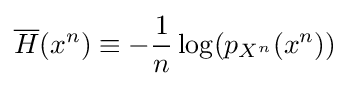
{\overline {H}}(x^{n})\equiv -{\frac {1}{n}}\log(p_{X^{n}}(x^{n}))